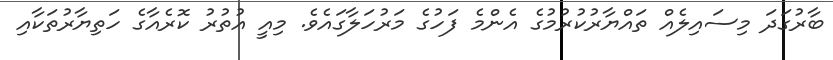
ބާރުގަދަ މިސައިލެއް ތައްޔާރުކުރުމުގެ އެންމެ ފަހުގެ މަރުހަލާގައެވެ. މިއީ އުތުރު ކޮރެއާގެ ހަތިޔާރުތަކާއި